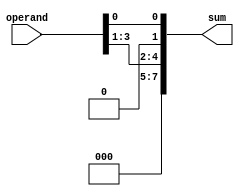
/****************************************************************
 ---------------------------------------------------------------
     Copyright 1999 Sun Microsystems, Inc., 901 San Antonio
     Road, Palo Alto, CA 94303, U.S.A.  All Rights Reserved.
     The contents of this file are subject to the current
     version of the Sun Community Source License, picoJava-II
     Core ("the License").  You may not use this file except
     in compliance with the License.  You may obtain a copy
     of the License by searching for "Sun Community Source
     License" on the World Wide Web at http://www.sun.com.
     See the License for the rights, obligations, and
     limitations governing use of the contents of this file.

     Sun, Sun Microsystems, the Sun logo, and all Sun-based
     trademarks and logos, Java, picoJava, and all Java-based
     trademarks and logos are trademarks or registered trademarks 
     of Sun Microsystems, Inc. in the United States and other
     countries.
 ----------------------------------------------------------------
******************************************************************/

module index1_add (

operand,
sum
);

input	[3:0]	operand;
output	[7:0]	sum;


assign	sum[7] = 1'b0;
assign	sum[6] = 1'b0;
assign	sum[5] = 1'b0;
assign	sum[1] = 1'b0;

assign	sum[4] =  operand[3];
assign	sum[3] =  operand[2];
assign	sum[2] =  operand[1];

// If the operand is zero i.e 4'b0001, then sum should also be
// zero i.e 7'b0000001

assign	sum[0] =  operand[0];

endmodule


module index2_add (

operand,
sum
);

input	[3:0]	operand;
output	[7:0]	sum;


assign	sum[7] = 1'b0;
assign	sum[6] = 1'b0;
assign	sum[2] = 1'b0;
assign	sum[1] = 1'b0;

assign	sum[5] =  operand[3];
assign	sum[4] =  operand[2];
assign	sum[3] =  operand[1];

// If the operand is zero i.e 4'b0001, then sum should also be
// zero i.e 7'b0000001

assign	sum[0] =  operand[0];

endmodule

module index3_add (

operand,
sum
);

input	[3:0]	operand;
output	[7:0]	sum;


assign	sum[7] = 1'b0;
assign	sum[3] = 1'b0;
assign	sum[2] = 1'b0;
assign	sum[1] = 1'b0;

assign	sum[6] =  operand[3];
assign	sum[5] =  operand[2];
assign	sum[4] =  operand[1];

// If the operand is zero i.e 4'b0001, then sum should also be
// zero i.e 7'b0000001

assign	sum[0] =  operand[0];

endmodule


module index4_add (

operand,
sum
);

input	[3:0]	operand;
output	[7:0]	sum;


assign	sum[4] = 1'b0;
assign	sum[3] = 1'b0;
assign	sum[2] = 1'b0;
assign	sum[1] = 1'b0;

assign	sum[7] =  operand[3];
assign	sum[6] =  operand[2];
assign	sum[5] =  operand[1];

// If the operand is zero i.e 4'b0001, then sum should also be
// zero i.e 7'b0000001

assign	sum[0] =   operand[0];

endmodule


module index5_add (

operand,
sum
);

input	[3:0]	operand;
output	[7:0]	sum;


assign	sum[5] = 1'b0;
assign	sum[4] = 1'b0;
assign	sum[3] = 1'b0;
assign	sum[2] = 1'b0;
assign	sum[1] = 1'b0;

assign	sum[7] =  operand[2];
assign	sum[6] =  operand[1];

// If the operand is zero i.e 4'b0001, then sum should also be
// zero i.e 7'b0000001

assign	sum[0] =  !(operand[2] | operand[1]);

endmodule


module index6_add (

operand,
sum
);

input	[3:0]	operand;
output	[7:0]	sum;


assign	sum[6] = 1'b0;
assign	sum[5] = 1'b0;
assign	sum[4] = 1'b0;
assign	sum[3] = 1'b0;
assign	sum[2] = 1'b0;
assign	sum[1] = 1'b0;

assign	sum[7] =  operand[1];

// If the operand is zero i.e 4'b0001, then sum should also be
// zero i.e 7'b0000001

assign	sum[0] =  !operand[1];

endmodule